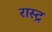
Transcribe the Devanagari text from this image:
रास्ट्र